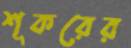
শূকরের